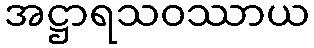
အဋ္ဌာရသဝဿာယ